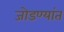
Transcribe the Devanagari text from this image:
जोडण्यांत